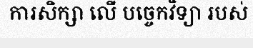
ការសិក្សា លើ បច្ចេកវិទ្យា របស់